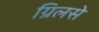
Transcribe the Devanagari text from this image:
ग्रिलसे